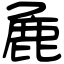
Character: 麁